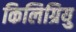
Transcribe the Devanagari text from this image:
किलिग्रियु